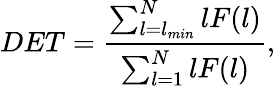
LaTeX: DET=\frac{\sum_{l=l_{min}}^{N}lF(l)}{\sum_{l=1}^{N}lF(l)},